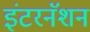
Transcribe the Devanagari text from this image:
इंटरनॅशन